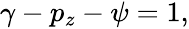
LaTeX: \begin{array}{r}{\gamma-p_{z}-\psi=1,}\end{array}